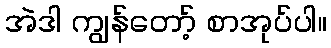
အဲဒါ ကျွန်တော့် စာအုပ်ပါ။